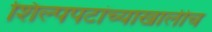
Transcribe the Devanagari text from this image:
शिल्पपटांच्याखालीच